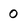
Character: 0